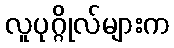
လူပုဂ္ဂိုလ်များက